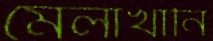
মেলাখানি